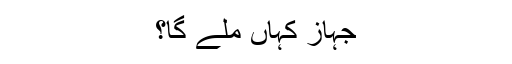
جہاز کہاں ملے گا؟